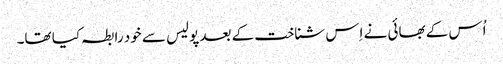
اُس کے بھائی نے اِس شناخت کے بعد پولیس سے خود رابطہ کیا تھا۔